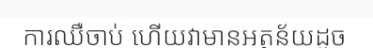
ការឈឺចាប់ ហើយវាមានអត្ថន័យដូច